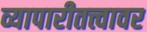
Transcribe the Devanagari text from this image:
व्यापारीतत्त्वावर